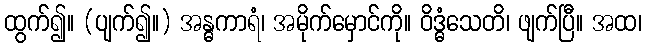
ထွက်၍။ (ပျက်၍။) အန္ဓကာရံ၊ အမိုက်မှောင်ကို။ ဝိဒ္ဓံသေတိ၊ ဖျက်ပြီ။ အထ၊